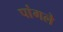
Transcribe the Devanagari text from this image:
पांगले